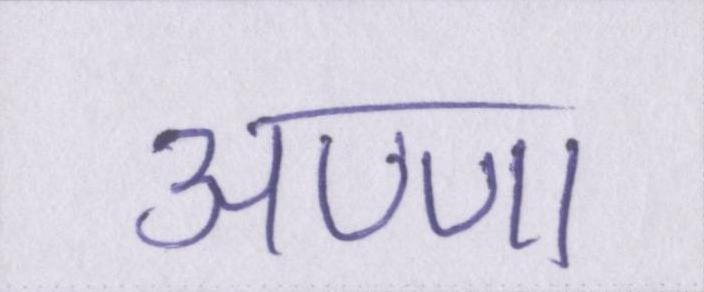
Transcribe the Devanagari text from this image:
अण्णा